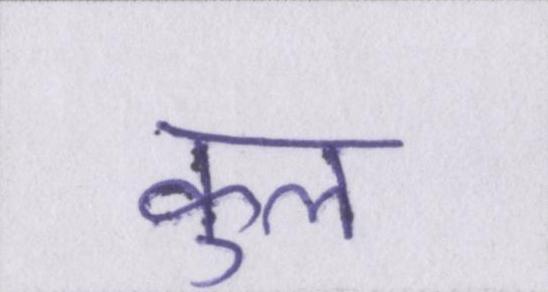
कुल